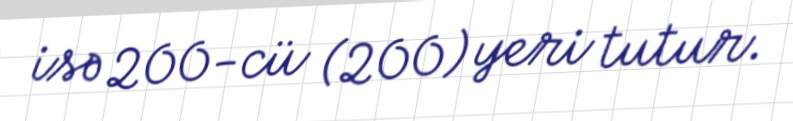
isə 200-cü (200) yeri tutur.